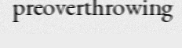
preoverthrowing